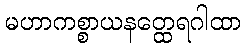
မဟာကစ္စာယနတ္ထေရဂါထာ